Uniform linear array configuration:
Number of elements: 4
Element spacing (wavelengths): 0.5
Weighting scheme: exponential
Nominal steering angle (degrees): -15
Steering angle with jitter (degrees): -16.045
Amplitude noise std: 0.05
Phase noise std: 0.05

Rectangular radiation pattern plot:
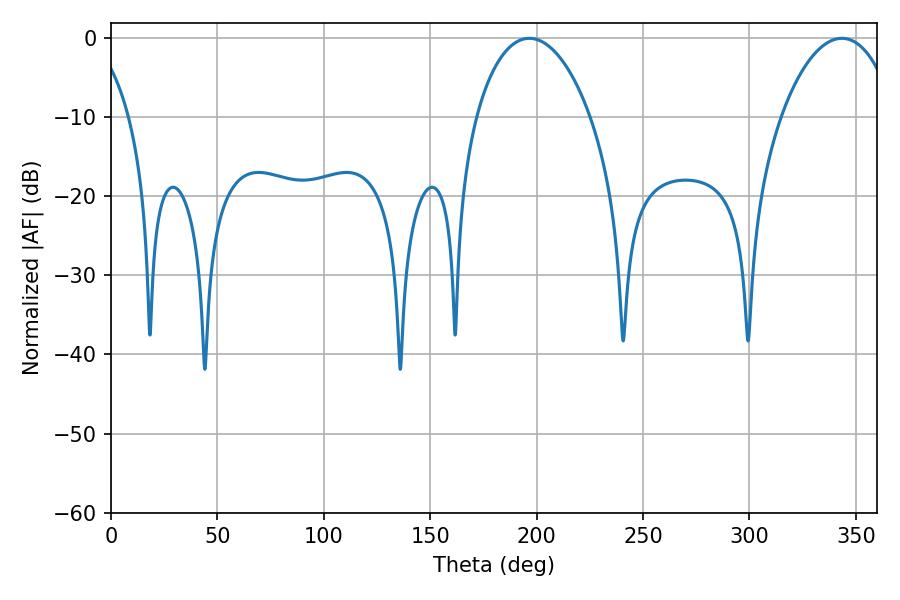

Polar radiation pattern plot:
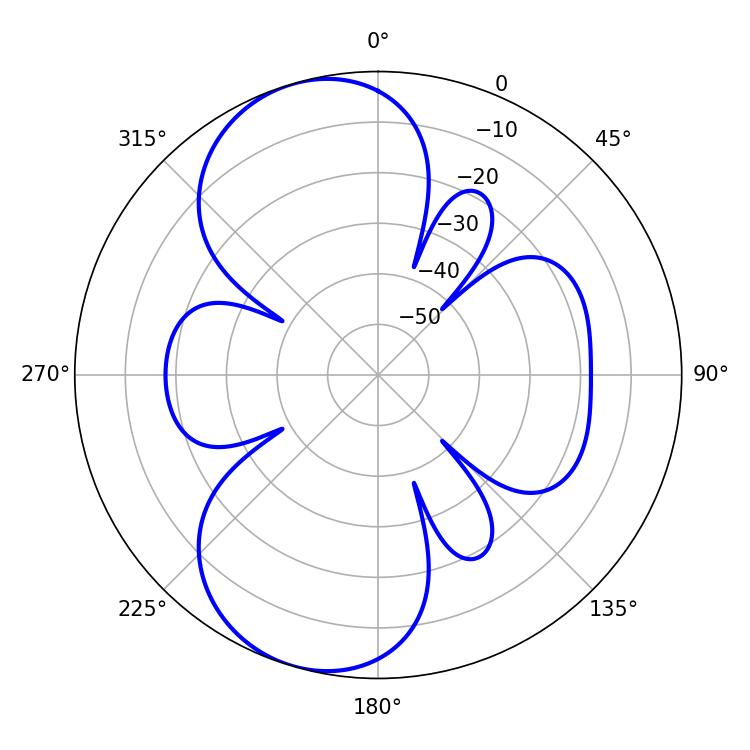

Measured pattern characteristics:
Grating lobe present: FALSE
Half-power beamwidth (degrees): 30.42
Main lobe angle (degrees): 196.56